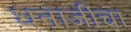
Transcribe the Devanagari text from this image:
धनाजींचा